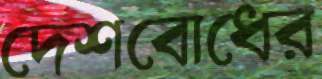
দেশবোধের